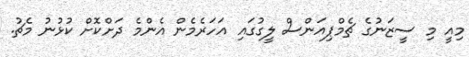
މިއީ މި ސީޒަނުގެ ޗެމްޕިއަންސް ލީގުގައި އަހަރެމެން އެންމެ ދަށްކޮށް ކުޅުނު މެޗު.